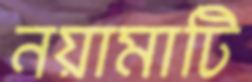
নয়ামাটি